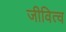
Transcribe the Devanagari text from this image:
जीवित्व